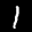
Label: 1